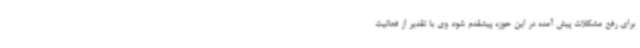
برای رفع مشکلات پیش آمده در این حوزه پیشقدم شود وی با تقدیر از فعالیت